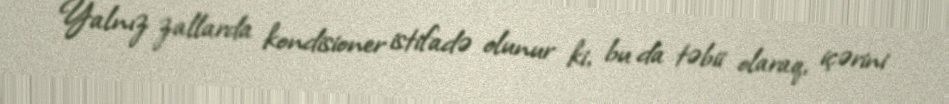
Yalnız zallarda kondisioner istifadə olunur ki, bu da təbii olaraq, içərini